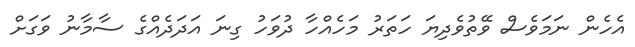
އެހެން ނަމަވެސް ވޭތުވެދިޔަ ހަތަރު މަހެއްހާ ދުވަހު ގިނަ އަދަދެއްގެ ސާމާނު ވަގަށް